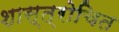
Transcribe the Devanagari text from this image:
शास्त्रोचित